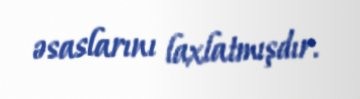
əsaslarını laxlatmışdır.